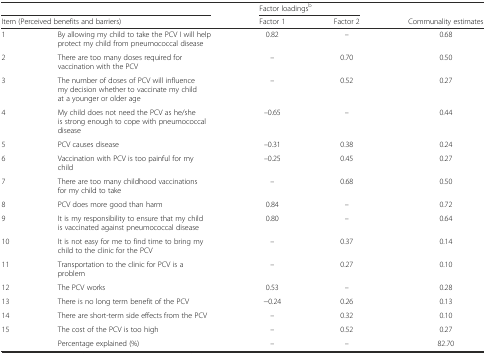
| <COLSPAN=2>  | <COLSPAN=2> Factor loadingsb |  |
 | <COLSPAN=2> Item (Perceived benefits and barriers) | Factor 1 | Factor 2 | Communality estimates |
 | --- | --- | --- | --- | --- |
 | 1 | By allowing my child to take the PCV I will help protect my child from pneumococcal disease | 0.82 | – | 0.68 |
 | 2 | There are too many doses required for vaccination with the PCV | – | 0.70 | 0.50 |
 | 3 | The number of doses of PCV will influence my decision whether to vaccinate my child at a younger or older age | – | 0.52 | 0.27 |
 | 4 | My child does not need the PCV as he/she is strong enough to cope with pneumococcal disease | –0.65 | – | 0.44 |
 | 5 | PCV causes disease | –0.31 | 0.38 | 0.24 |
 | 6 | Vaccination with PCV is too painful for my child | –0.25 | 0.45 | 0.27 |
 | 7 | There are too many childhood vaccinations for my child to take | – | 0.68 | 0.50 |
 | 8 | PCV does more good than harm | 0.84 | – | 0.72 |
 | 9 | It is my responsibility to ensure that my child is vaccinated against pneumococcal disease | 0.80 | – | 0.64 |
 | 10 | It is not easy for me to find time to bring my child to the clinic for the PCV | – | 0.37 | 0.14 |
 | 11 | Transportation to the clinic for PCV is a problem | – | 0.27 | 0.10 |
 | 12 | The PCV works | 0.53 | – | 0.28 |
 | 13 | There is no long term benefit of the PCV | −0.24 | 0.26 | 0.13 |
 | 14 | There are short-term side effects from the PCV | – | 0.32 | 0.10 |
 | 15 | The cost of the PCV is too high | – | 0.52 | 0.27 |
 |  | Percentage explained (%) | – | – | 82.70 |